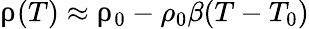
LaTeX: \uprho(T)\approx\uprho_{0}-\rho_{0}\beta(T-T_{0})